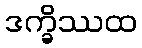
ဒက္ခိဿထ